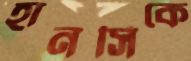
হানসিকে